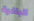
الباخرة